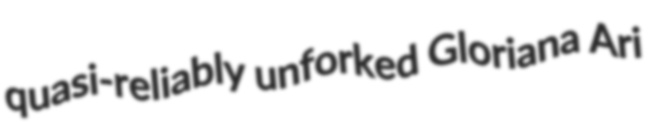
quasi-reliably unforked Gloriana Ari